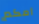
أمكم